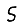
Digit: 5